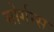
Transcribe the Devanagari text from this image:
मोर्गन्स